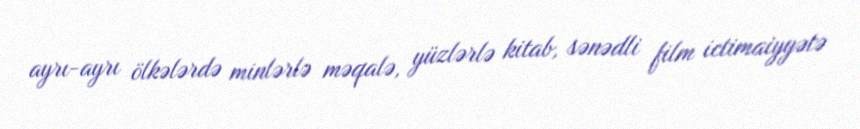
ayrı-ayrı ölkələrdə minlərlə məqalə, yüzlərlə kitab, sənədli film ictimaiyyətə